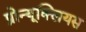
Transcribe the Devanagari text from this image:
प्रोन्यूक्लियस